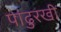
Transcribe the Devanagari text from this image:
पांढुरखी